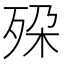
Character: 𬆔